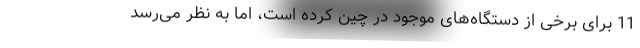
11 برای برخی از دستگاه‌های موجود در چین کرده است، اما به نظر می‌رسد